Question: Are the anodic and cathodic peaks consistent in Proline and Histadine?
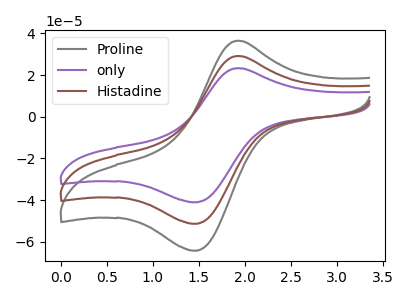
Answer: <think>The gray curve "Proline" has an anodic peak at (1.90V, 36.55uA) and a cathodic peak at (1.45V, -64.25uA). The purple curve "only" has an anodic peak at (1.90V, 58.40uA) and a cathodic peak at (1.45V, -102.65uA). The brown curve "Histadine" has an anodic peak at (1.90V, 29.20uA) and a cathodic peak at (1.45V, -51.35uA).</think>
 <answer>Yes, "Proline" have a peak in "Histadine" at the same potential.</answer>
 <eval>match</eval>